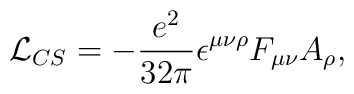
{\cal L}_{CS}=-\frac{e^2}{32\pi}\epsilon^{\mu\nu\rho}F_{\mu\nu}A_{\rho},